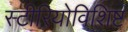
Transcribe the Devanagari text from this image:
स्टीरियोविशिष्ट